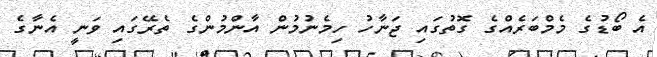
އެ ބޯޑުގެ މެމްބަރެއްގެ ގޮތުގައި ޖަނާހު ހިމެނުމުން އާންމުންގެ ތެރޭގައި ވަނީ އެނާގެ